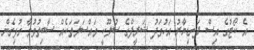
އެ ކޯޓުގެ އިސް ފަނޑިޔާރު އަހުމަދު ޝަރީފްގެ ސުލޫކީ މައްސަލަތަކެއް ސާބިތުވުމާ ގުޅިގެން